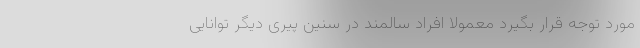
مورد توجه قرار بگیرد معمولا افراد سالمند در سنین پیری دیگر توانایی